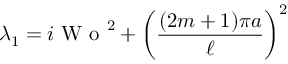
\lambda _ { 1 } = i \textrm { W o } ^ { 2 } + \left( \frac { ( 2 m + 1 ) \pi a } { \ell } \right) ^ { 2 }